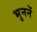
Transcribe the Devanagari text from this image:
भुननें